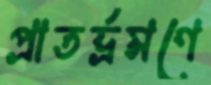
প্রাতর্ভ্রমণে